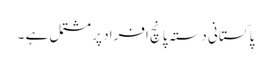
پاکستانی دستہ پانچ افراد پر مشتمل ہے ۔